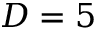
D = 5